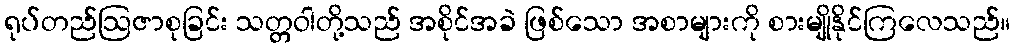
ရုပ်တည်ဩဇာစုခြင်း သတ္တဝါတို့သည် အစိုင်အခဲ ဖြစ်သော အစာများကို စားမျိုနိုင်ကြလေသည်။